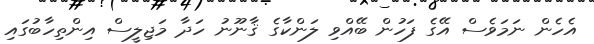
އެހެން ނަމަވެސް އޭގެ ފަހުން ބޭއްވި ލަންކާގެ ޤާނޫނު ހަދާ މަޖިލީސް އިންތިހާބުގައި